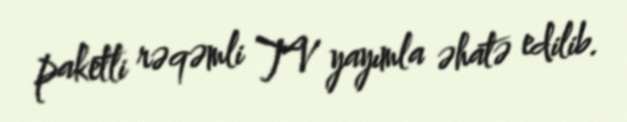
paketli rəqəmli TV yayımla əhatə edilib.